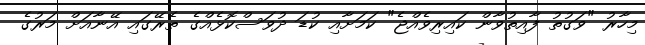
މިހާރު "ވަގުތު ފާއިތުވާން ކައިރިވެއްޖެ" ކަމަށާއި ކުޑަ ދުވަސްކޮޅެއްގެ ތެރޭގައި އޭނާއަށް މަރުގެ